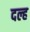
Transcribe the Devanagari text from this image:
दल्ह